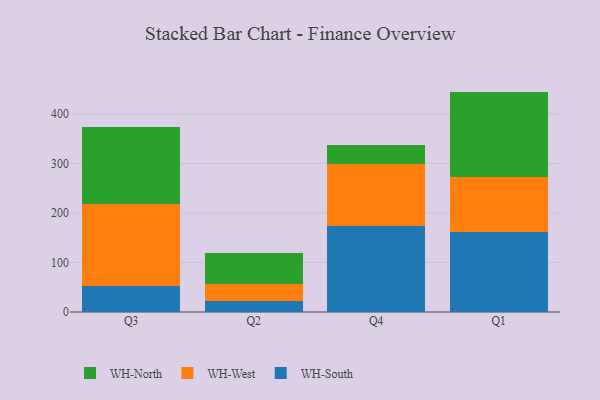
{"axis": {"x": "Quarter", "y": "Page Views"}, "legend": ["WH-North", "WH-South", "WH-West"], "data": [{"x": "Q3", "y": 52.1, "type": "WH-South"}, {"x": "Q3", "y": 165.3, "type": "WH-West"}, {"x": "Q3", "y": 155.2, "type": "WH-North"}, {"x": "Q2", "y": 22.4, "type": "WH-South"}, {"x": "Q2", "y": 34.4, "type": "WH-West"}, {"x": "Q2", "y": 63.1, "type": "WH-North"}, {"x": "Q4", "y": 173.1, "type": "WH-South"}, {"x": "Q4", "y": 125.6, "type": "WH-West"}, {"x": "Q4", "y": 38.3, "type": "WH-North"}, {"x": "Q1", "y": 162.3, "type": "WH-South"}, {"x": "Q1", "y": 109.3, "type": "WH-West"}, {"x": "Q1", "y": 173.2, "type": "WH-North"}]}